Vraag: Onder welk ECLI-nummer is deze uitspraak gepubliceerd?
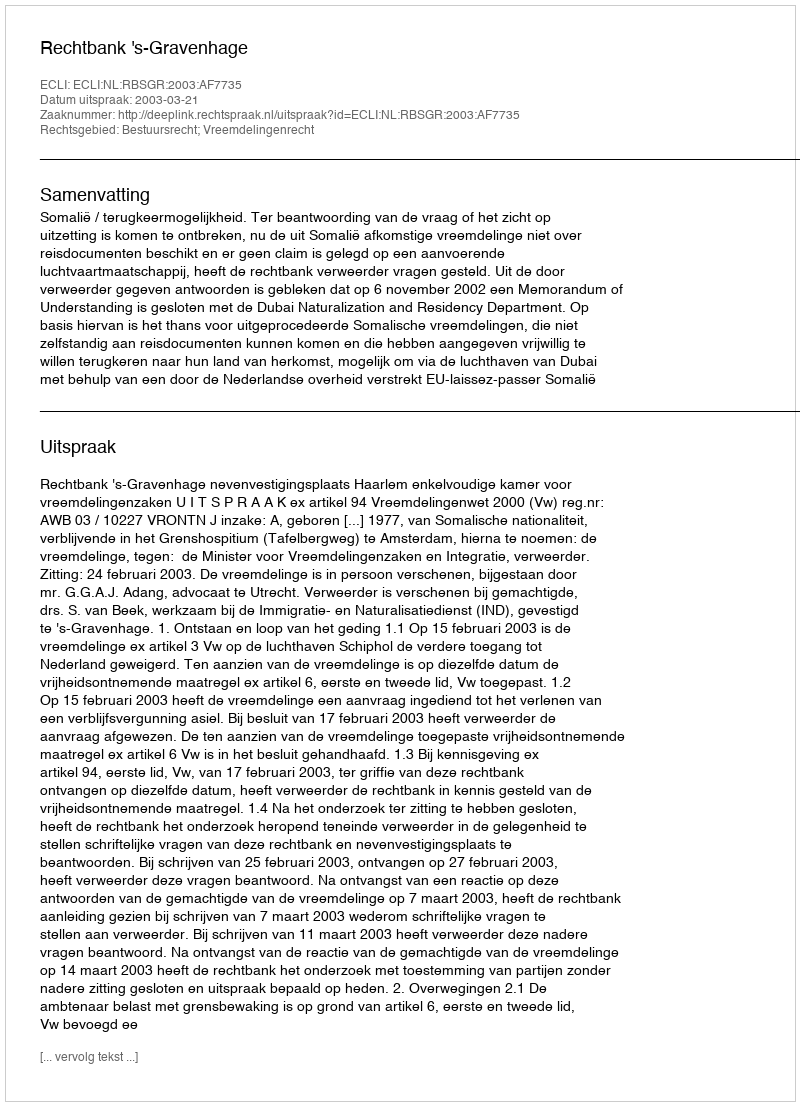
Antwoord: ECLI:NL:RBSGR:2003:AF7735